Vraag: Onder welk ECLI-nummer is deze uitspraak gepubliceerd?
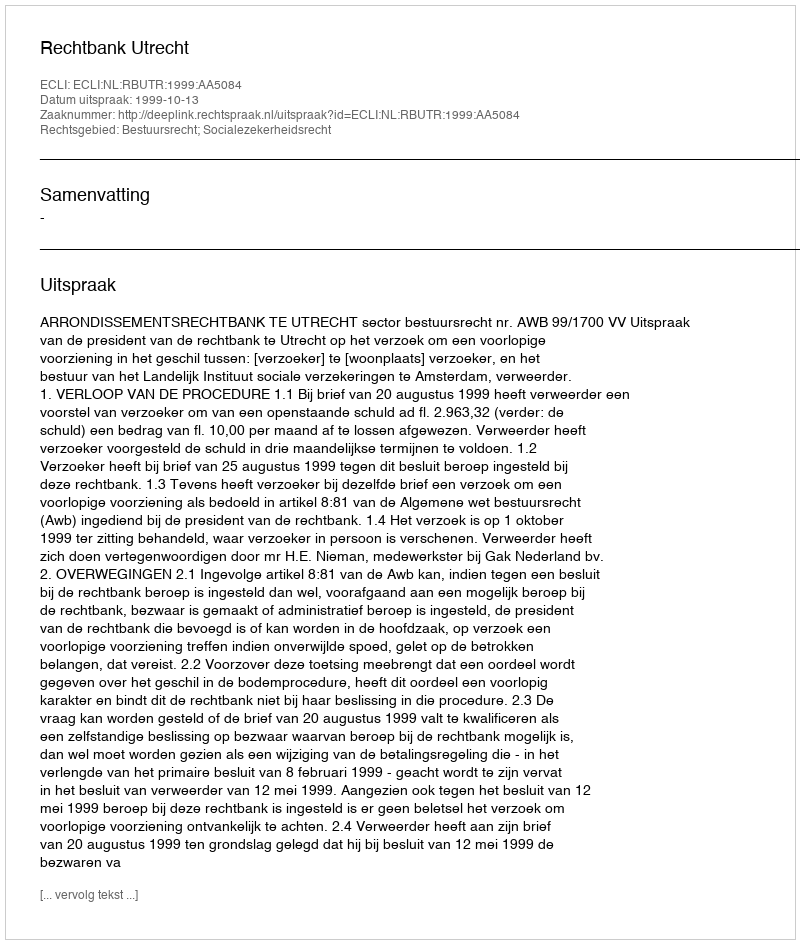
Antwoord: ECLI:NL:RBUTR:1999:AA5084